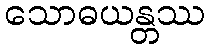
သောဓယန္တဿ